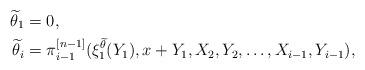
LaTeX: \begin{align*}\widetilde \theta_1&=0,\\\widetilde \theta_i&=\pi^{[n-1]}_{i-1}(\xi^{\widetilde \theta}_1(Y_1),x+Y_1,X_2,Y_2,\dots,X_{i-1},Y_{i-1}), \end{align*}